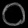
Digit: ၀